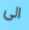
الى